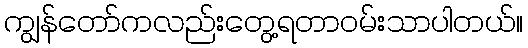
ကျွန်တော်ကလည်းတွေ့ရတာဝမ်းသာပါတယ်။